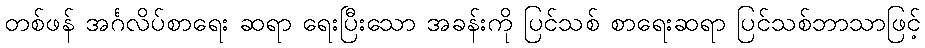
တစ်ဖန် အင်္ဂလိပ်စာရေး ဆရာ ရေးပြီးသော အခန်းကို ပြင်သစ် စာရေးဆရာ ပြင်သစ်ဘာသာဖြင့်